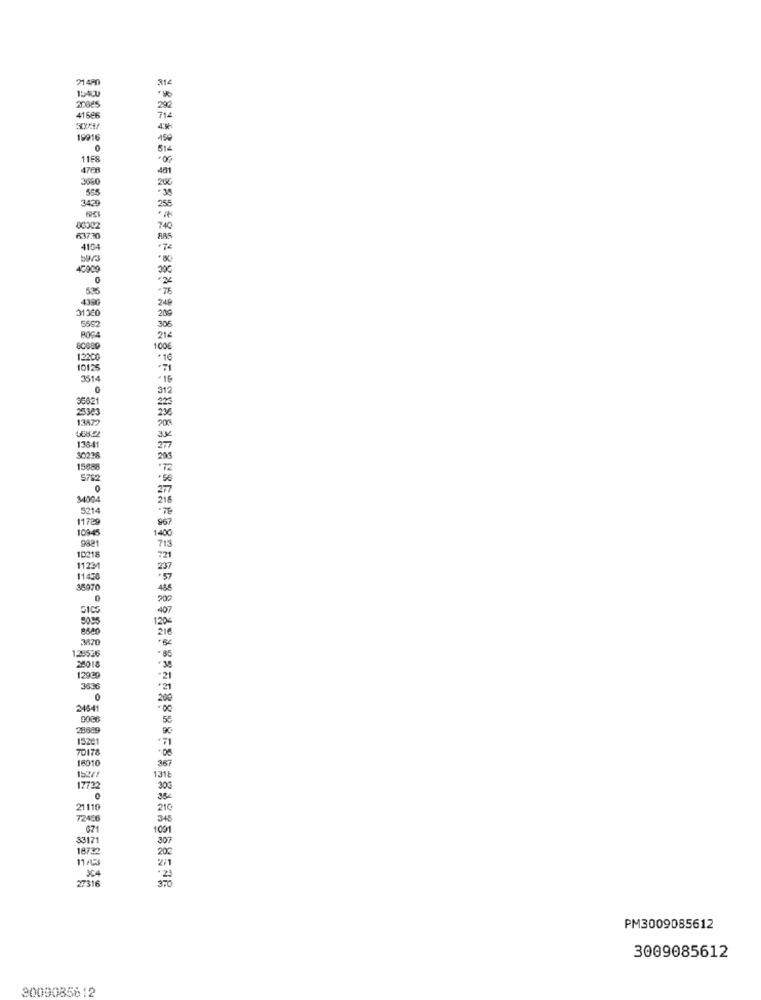
71 490
41586
19916
0
1158
4708
481
3660
555
3429
255
00002
740
637.20
RAS
4104
5973
40909
0
535
438G
31360
5552
305
214
100€
12200
10125
3514
312
36421
25343
13A72
1384
30228
15688
5782
0
34004
5214
11729
109-45
9821
10218
11231
11420
36070
0
50.95
370
128526
25018
12929
3636
0
24541
28689
15221
70178
16010
1318
17722
21110
72456
345
671
1001
33171
18732
11/3
204
27316
370
PM3009085612
3009085612
3009085612